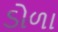
ડોળા